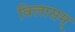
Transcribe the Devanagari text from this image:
विलासम्